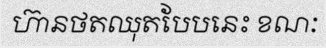
ហ៊ានថតឈុតបែបនេះ ខណៈ